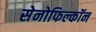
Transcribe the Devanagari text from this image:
सेनोफिल्कॉन